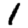
Digit: 1